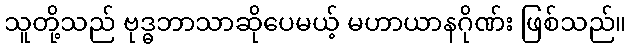
သူတို့သည် ဗုဒ္ဓဘာသာဆိုပေမယ့် မဟာယာနဂိုဏ်း ဖြစ်သည်။